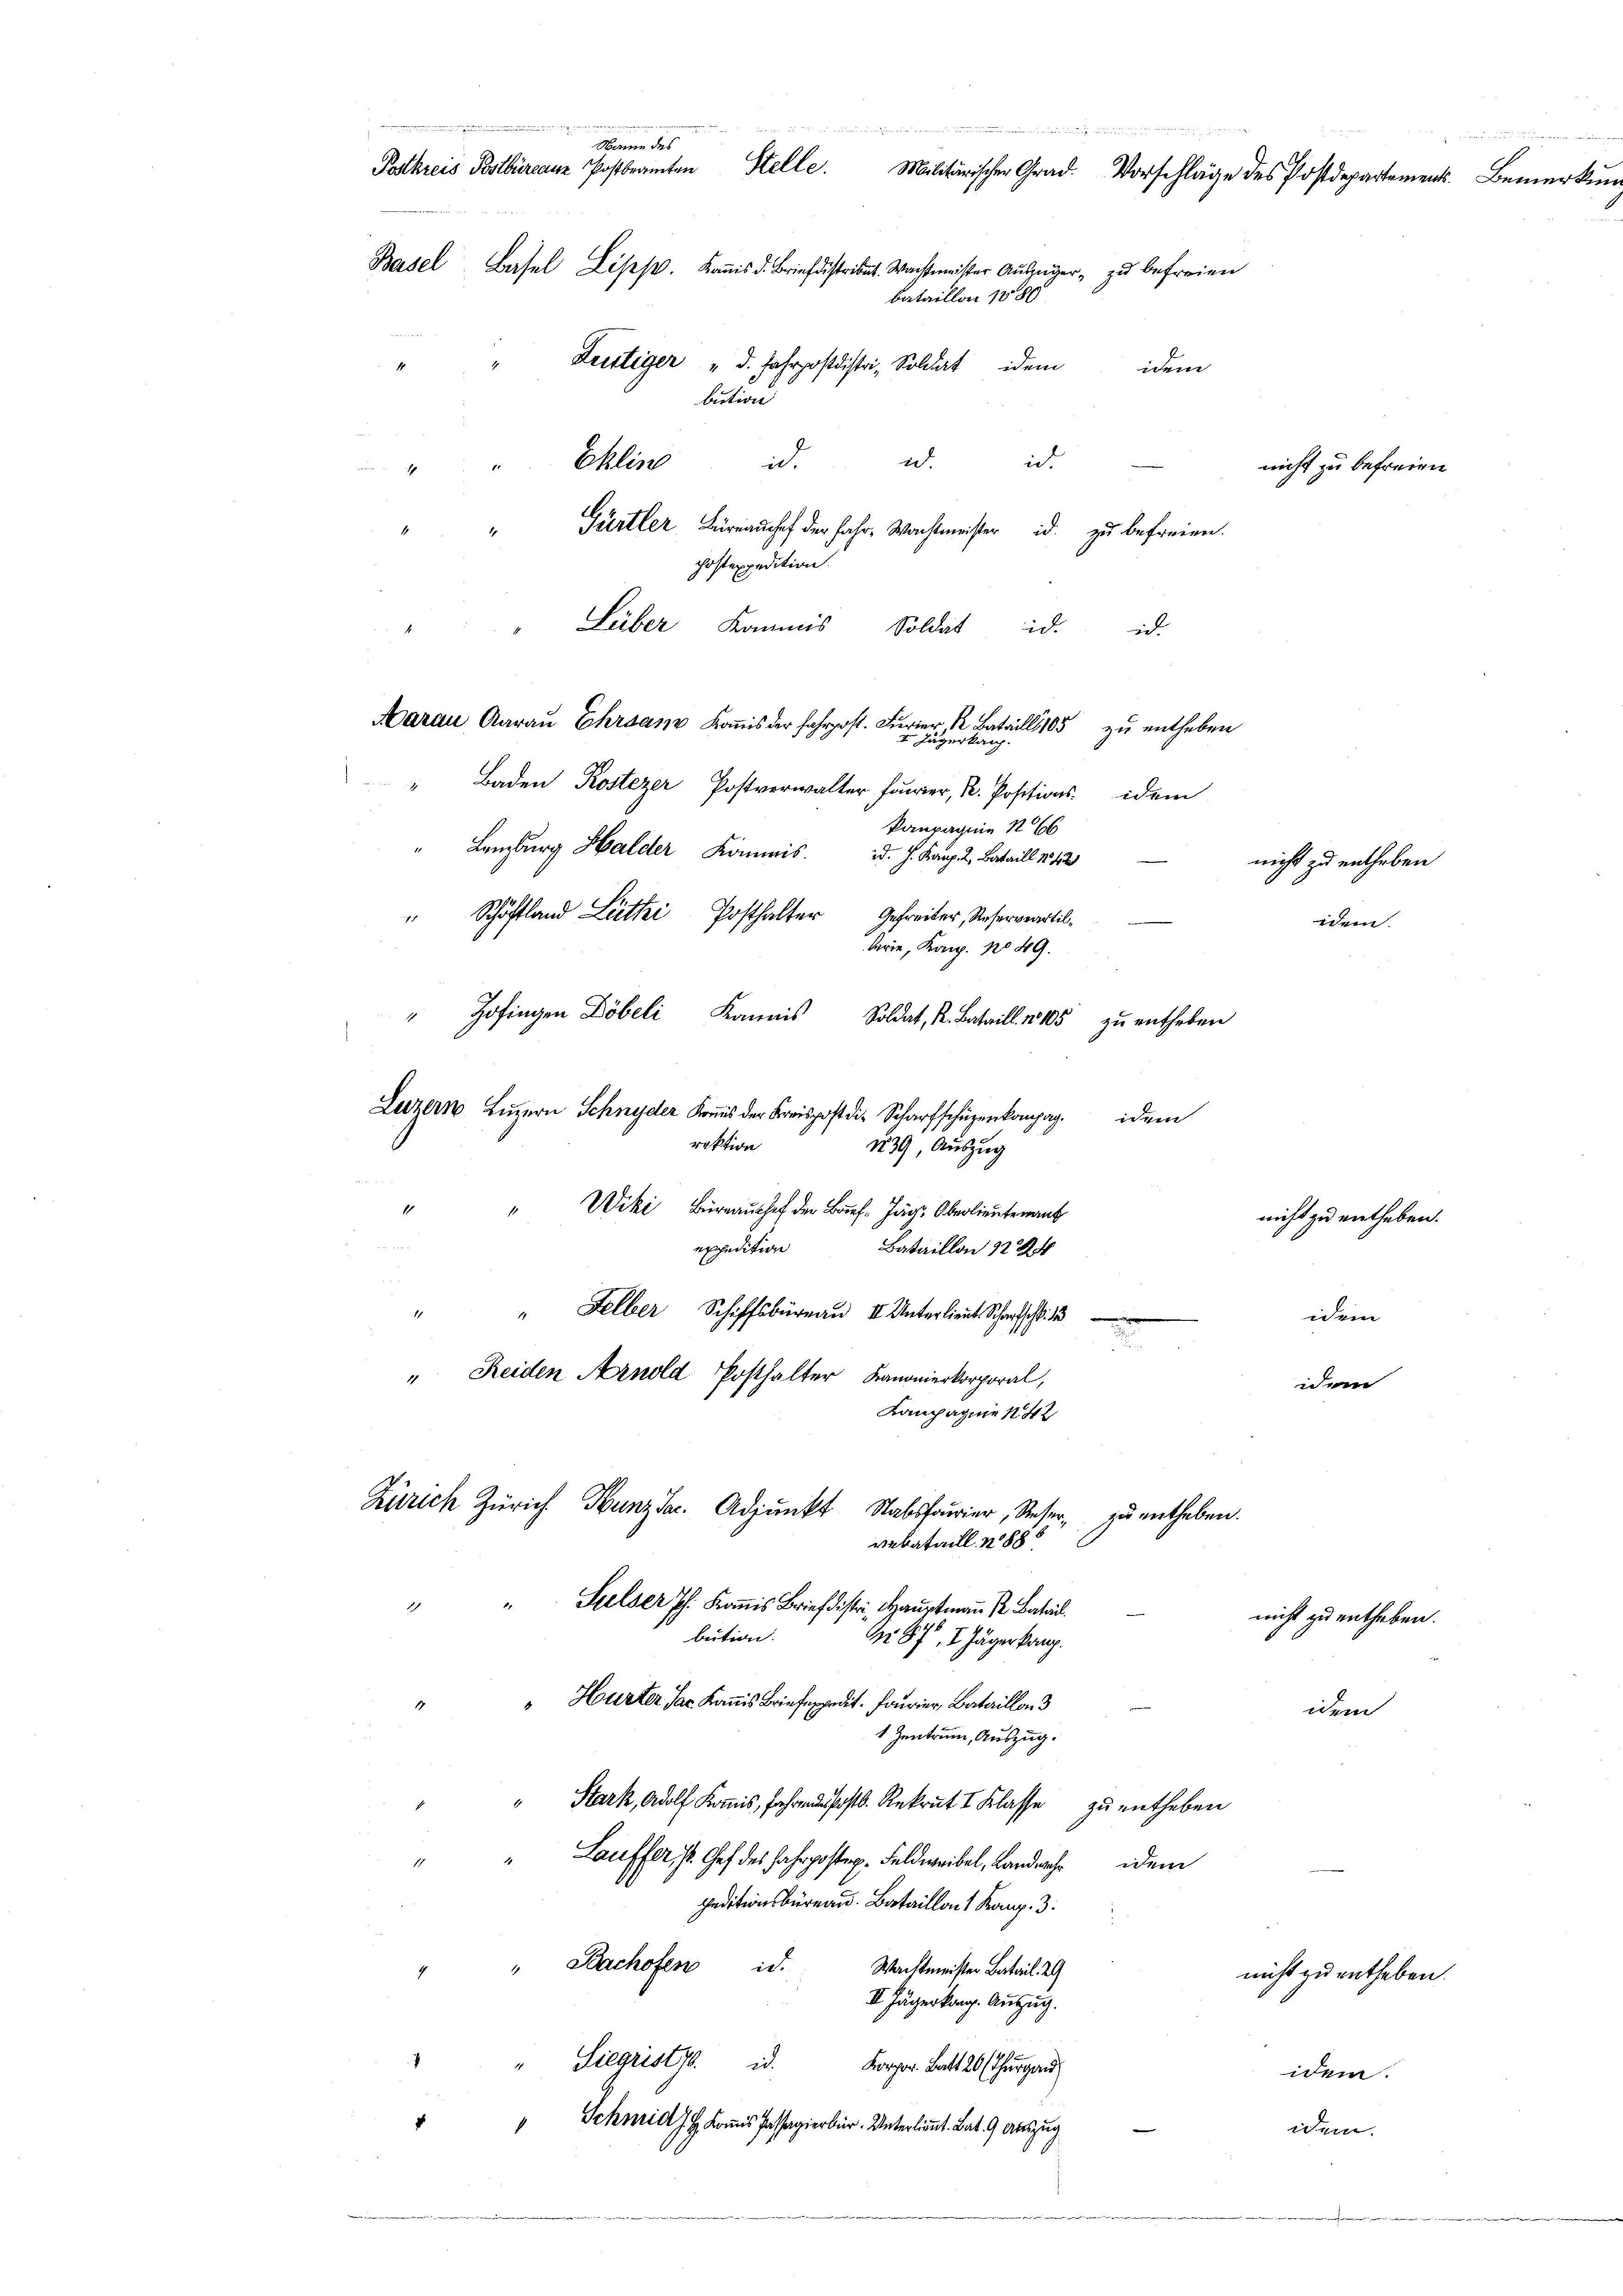
S 114 und werdenen anden man
w und ande Summen werde
Name des
Patkreis Postbüreauz Postbeamten Stelle. Militärischen Grad. Vorschläge des Postdepartement. Bemerkŭn
Basel, Basel Liss. Kast. Waiser Aŭszŭger zu befreien
bataillon 158
Fristiger "d. Fahrpostdistri, Soldat idem idem
4
bution
ict
Ehlin
.
id.
nicht zu befreien

Gürtler Brauch der Jahr, Wachtmeister id. zu befreien.
costexpedition.

" Leiber Kommis Soldat d. d.
Aarau, Aarau Ehrsam Korps zu entheben
 Jägerkan

idem
kanpagnie N. 66
nicht zu entheben
idem
lerie, Kap. No 49.
" Zofingen Döbeli Kannis
Soldat, R. Bataill. No 105
zu entheben.
Luzern, Luzern Schnyder Kreis der Kreispost die Scharfschüzenkompag.
idem

Baden Kostezer Postverwalter Forrer, K. Positions-
Lanzburg Halder Kommis d. J. Kanz. R. Bataill 1842
Schöffland Lüthi Posthalter Gefreiter, Reserveartil¬
7.

rektion
" Wiki, Birraushof der Brief-Jäg Oberlieutenant
Bataillon 1284
expedition
"Felber Schiffsbüreau II Unterlieut. Scharfschl.
e
" Reiden Arnold Posthalter Kanonierkorporal,
Kompagnie N. 42
Zürich Zürich Hunzdar. Adjunkt Stabsfeier, Reser, zu entheben.

vebataill 1886

139, Auszug

No 87, 8. Jäger kanz

nicht zu entheben.
idem
idem

2
"Sulser J. Kommis Briefstr, Hauptmann P. Batail
bution.
" Hurter der Kanns Briefe. Feurer Bataillo
idem
1 Zentrum, Auszug.
" Stark, Adolf Kamis Jahrendesst. Rekrut I Klasse zu entheben
" Lauffer Ges. des Fahrposten Feldweibel, Landnach dem
peditionsbüreau. Bataillons Kap. 3
" Bachofen id.
Wachtmeister Batail 29
nicht zu entheben.
2
II Jägerkang. Anzug.
" " Siegristy id.
Korpor. Batt 20 (Thurgau
idem.
" Schmid J. H. Kommis Passagierbier. Unterlinnt. Bat. 9 auszug
g
iden.

nicht zu enthaben.